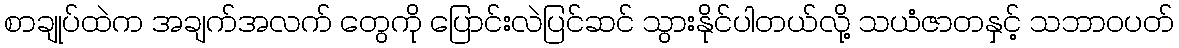
စာချုပ်ထဲက အချက်အလက် တွေကို ပြောင်းလဲပြင်ဆင် သွားနိုင်ပါတယ်လို့ သယံဇာတနှင့် သဘာဝပတ်